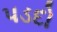
પડદો